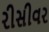
રીસીવર